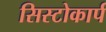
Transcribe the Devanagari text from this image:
सिस्टोकार्प